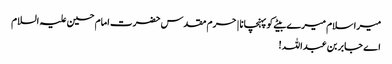
میرا سلام میرے بیٹے کو پہنچانا | حرم مقدس حضرت امام حسین علیہ السلام
اے جابر بن عبداللہ !